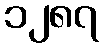
၁၂၈၇